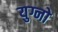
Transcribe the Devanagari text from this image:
युग्नो